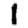
Digit: 1